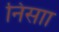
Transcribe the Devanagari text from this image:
निसाा